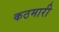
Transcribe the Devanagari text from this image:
कठमारी